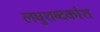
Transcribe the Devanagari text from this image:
लघुशब्दकोश